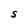
Character: S